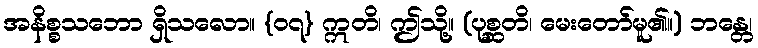
အနိစ္စသဘော ရှိသလော။ {၀၇} ဣတိ၊ ဤသို့။ (ပုစ္ဆတိ၊ မေးတော်မူ၏။) ဘန္တေ၊